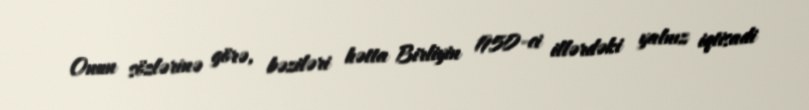
Onun sözlərinə görə, bəziləri hətta Birliyin 1950-ci illərdəki yalnız iqtisadi